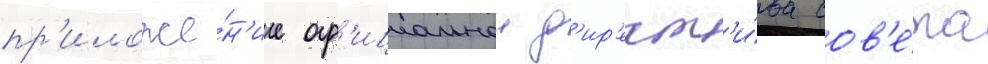
пр'иложе́н'ие оф'ициальнои д'ир'ект'и́ва сов'е́та